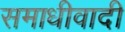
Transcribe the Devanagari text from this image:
समाधीवादी